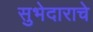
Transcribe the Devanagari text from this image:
सुभेदाराचे